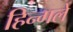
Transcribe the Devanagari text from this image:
हिन्गले